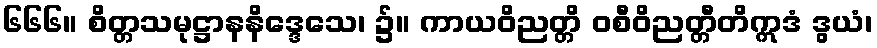
၆၆၆။ စိတ္တသမုဋ္ဌာနနိဒ္ဒေသေ၊ ၌။ ကာယဝိညတ္တိ ဝစီဝိညတ္တီတိဣဒံ ဒွယံ၊